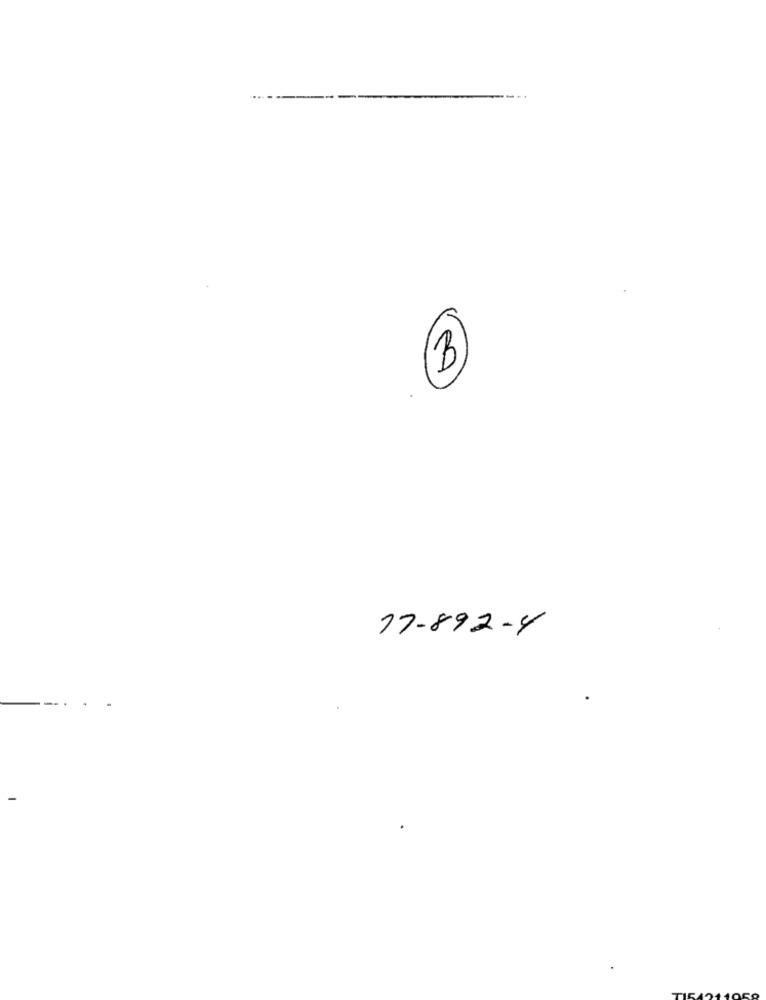
3
77-892-4
-